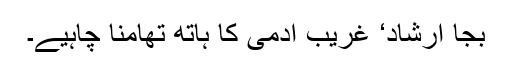
بجا ارشاد‘ غریب آدمی کا ہاتھ تھامنا چاہیے۔